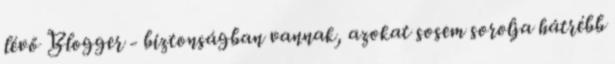
lévő Blogger - biztonságban vannak, azokat sosem sorolja hátrébb